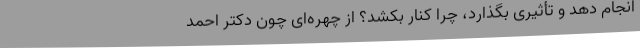
انجام دهد و تأثیری بگذارد، چرا کنار بکشد؟ از چهره‌ای چون دکتر احمد